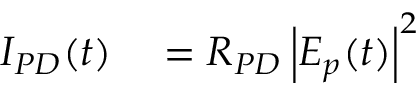
\begin{array} { r l } { I _ { P D } ( t ) } & { { } = R _ { P D } \left| E _ { p } ( t ) \right| ^ { 2 } } \end{array}